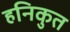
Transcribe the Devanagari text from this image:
हनिकुत